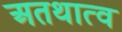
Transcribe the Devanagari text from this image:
अतथात्व